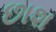
છાશ